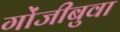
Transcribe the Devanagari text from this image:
गोंजीबुवा